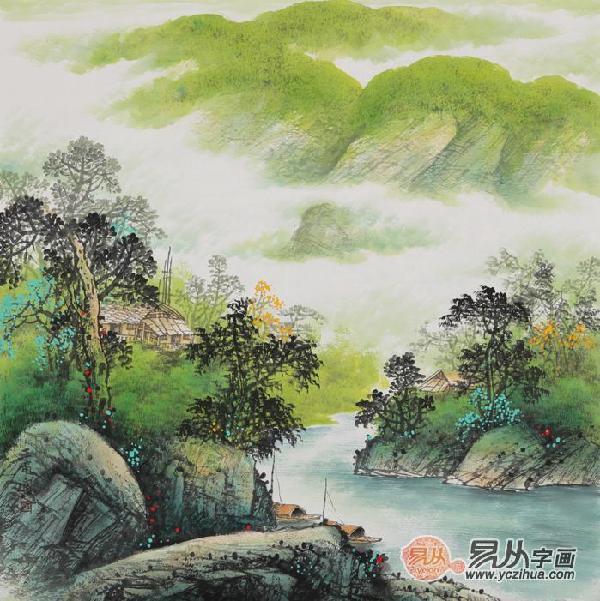
落梅庭榭香，芳草池塘绿。